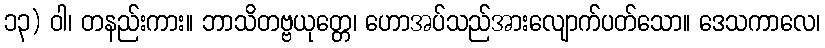
၁၃) ဝါ၊ တနည်းကား။ ဘာသိတဗ္ဗယုတ္တေ၊ ဟောအပ်သည်အားလျောက်ပတ်သော။ ဒေသကာလေ၊